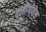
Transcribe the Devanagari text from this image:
क्लोंगोवेस